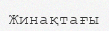
Жинақтағы